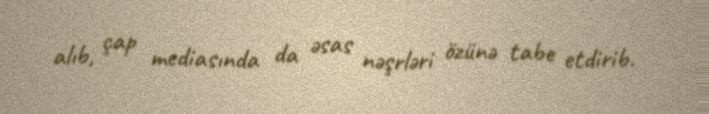
alıb, çap mediasında da əsas nəşrləri özünə tabe etdirib.